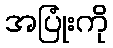
အပြုံးကို